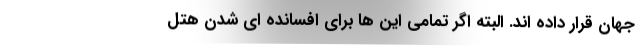
جهان قرار داده اند. البته اگر تمامی این ها برای افسانده ای شدن هتل